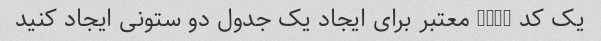
یک کد HTML معتبر برای ایجاد یک جدول دو ستونی ایجاد کنید